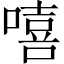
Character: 嘻